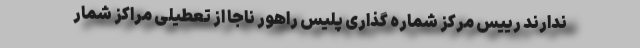
ندارند رییس مرکز شماره گذاری پلیس راهور ناجا از تعطیلی مراکز شمار